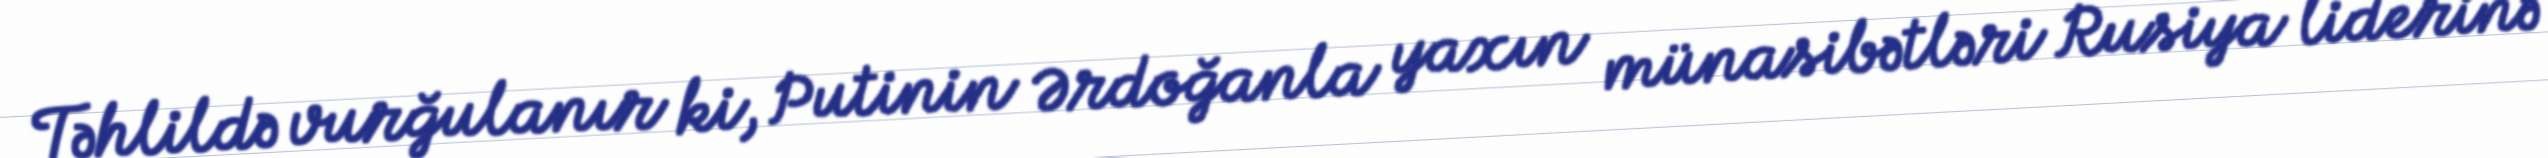
Təhlildə vurğulanır ki, Putinin Ərdoğanla yaxın münasibətləri Rusiya liderinə